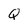
Character: Q